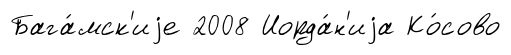
Бага́мск'иjе 2008 Иорда́н'иjа Ко́сово